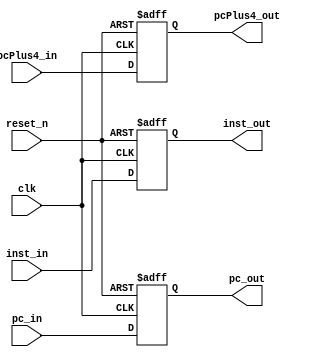
`timescale 1ns / 1ps
module IF_ID(clk, reset_n, inst_in, pc_in, pcPlus4_in, inst_out, pc_out, pcPlus4_out);
    input               clk;
    input               reset_n;
    input [31:0]        inst_in, pc_in, pcPlus4_in;
    output reg [31:0]   inst_out, pc_out, pcPlus4_out;

    always @(posedge clk or negedge reset_n) begin
        if(!reset_n) begin
            pc_out      <= 0;
            inst_out    <= 0;
            pcPlus4_out <= 0;
        end
        else begin
             pc_out     <= pc_in;
             inst_out   <= inst_in;
             pcPlus4_out<= pcPlus4_in;
        end 
    end
endmodule